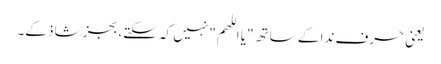
یعنی حرف ندا کے ساتھ "یا اللھم" نہیں کہ سکتے، بجز شاذ کے۔